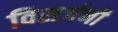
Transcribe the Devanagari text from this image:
विसर्जनी